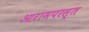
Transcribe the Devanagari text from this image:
आरामपरस्त